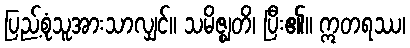
ပြည့်စုံသူအားသာလျှင်။ သမိဇ္ဈတိ၊ ပြီး၏။ ဣတရဿ၊